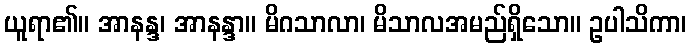
ယူရာ၏။ အာနန္ဒ၊ အာနန္ဒာ။ မိဂသာလာ၊ မိသာလအမည်ရှိသော။ ဥပါသိကာ၊